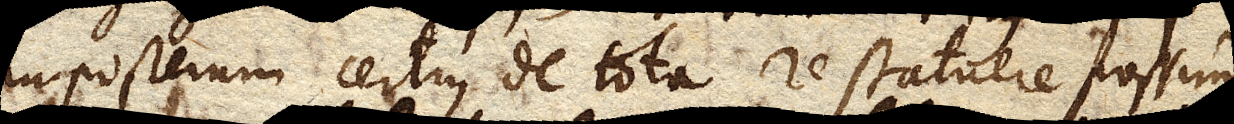
in posterum certius de tota re statuere possimus,